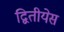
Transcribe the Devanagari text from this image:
द्वितीयेस